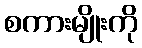
စကားမျိုးကို